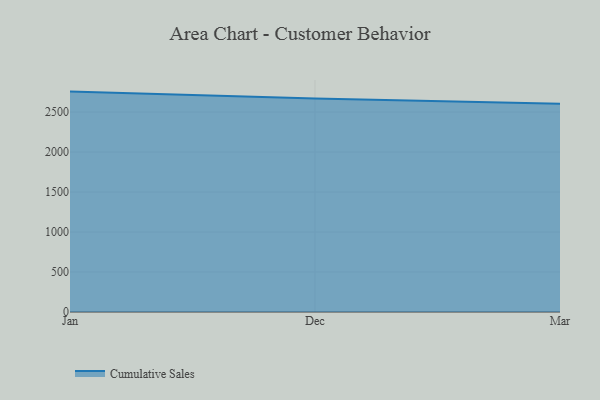
{"axis": {"x": "Month", "y": "Revenue (USD Million)"}, "legend": ["Cumulative Sales"], "data": [{"x": "Jan", "y": 2755.8, "type": "Cumulative Sales"}, {"x": "Dec", "y": 2670.5, "type": "Cumulative Sales"}, {"x": "Mar", "y": 2604.4, "type": "Cumulative Sales"}]}